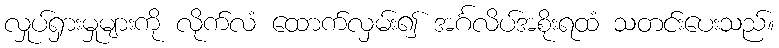
လှုပ်ရှားမှုများကို လိုက်လံ ထောက်လှမ်း၍ အင်္ဂလိပ်အစိုးရထံ သတင်းပေးသည်။